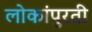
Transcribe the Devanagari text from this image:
लोकांपुरती